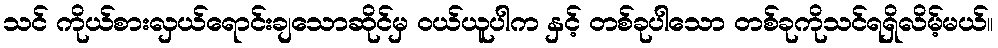
သင် ကိုယ်စားလှယ်ရောင်းချသောဆိုင်မှ ဝယ်ယူပါက နှင့် တစ်ခုပါသော တစ်ခုကိုသင်ရရှိလိမ့်မယ်။